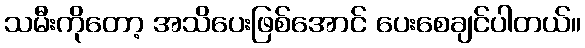
သမီးကိုတော့ အသိပေးဖြစ်အောင် ပေးစေချင်ပါတယ်။